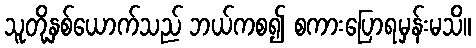
သူတို့နှစ်ယောက်သည် ဘယ်ကစ၍ စကားပြောရမှန်းမသိ။